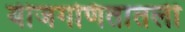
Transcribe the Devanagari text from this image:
बीजगणितातली